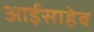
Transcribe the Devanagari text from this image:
आईसाहेब